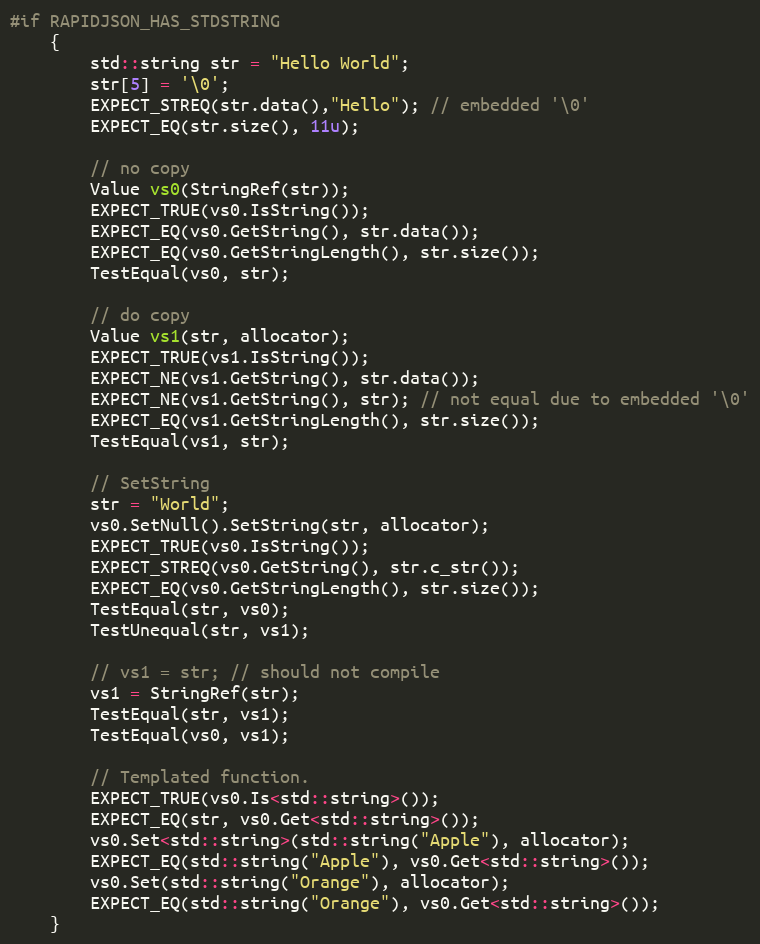
Language: C++
#if RAPIDJSON_HAS_STDSTRING
    {
        std::string str = "Hello World";
        str[5] = '\0';
        EXPECT_STREQ(str.data(),"Hello"); // embedded '\0'
        EXPECT_EQ(str.size(), 11u);

        // no copy
        Value vs0(StringRef(str));
        EXPECT_TRUE(vs0.IsString());
        EXPECT_EQ(vs0.GetString(), str.data());
        EXPECT_EQ(vs0.GetStringLength(), str.size());
        TestEqual(vs0, str);

        // do copy
        Value vs1(str, allocator);
        EXPECT_TRUE(vs1.IsString());
        EXPECT_NE(vs1.GetString(), str.data());
        EXPECT_NE(vs1.GetString(), str); // not equal due to embedded '\0'
        EXPECT_EQ(vs1.GetStringLength(), str.size());
        TestEqual(vs1, str);

        // SetString
        str = "World";
        vs0.SetNull().SetString(str, allocator);
        EXPECT_TRUE(vs0.IsString());
        EXPECT_STREQ(vs0.GetString(), str.c_str());
        EXPECT_EQ(vs0.GetStringLength(), str.size());
        TestEqual(str, vs0);
        TestUnequal(str, vs1);

        // vs1 = str; // should not compile
        vs1 = StringRef(str);
        TestEqual(str, vs1);
        TestEqual(vs0, vs1);

        // Templated function.
        EXPECT_TRUE(vs0.Is<std::string>());
        EXPECT_EQ(str, vs0.Get<std::string>());
        vs0.Set<std::string>(std::string("Apple"), allocator);
        EXPECT_EQ(std::string("Apple"), vs0.Get<std::string>());
        vs0.Set(std::string("Orange"), allocator);
        EXPECT_EQ(std::string("Orange"), vs0.Get<std::string>());
    }